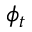
\phi _ { t }